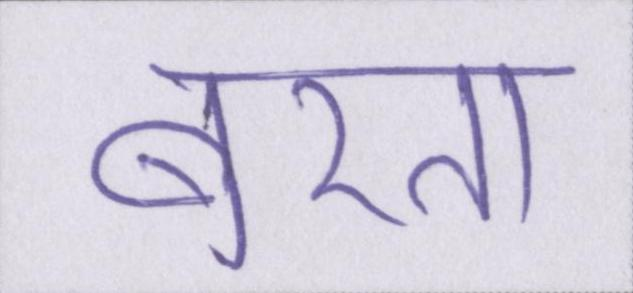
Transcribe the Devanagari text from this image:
बरता